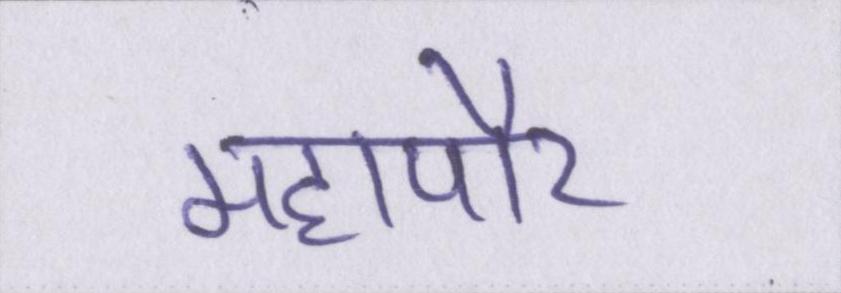
महापौर